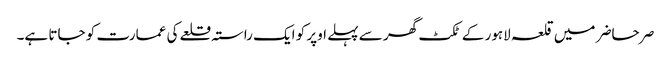
صر حاضر میں قلعہ لاہور کے ٹکٹ گھر سے پہلے اوپر کو ایک راستہ قلعے کی عمارت کو جاتا ہے۔